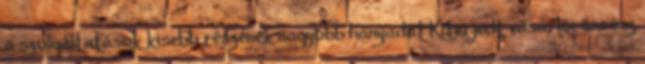
a szolgáltatások kisebb részének nagyobb hányadát Kiterjedt vásárlói önrész